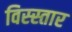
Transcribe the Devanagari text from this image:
विस्स्तार